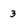
Character: 3